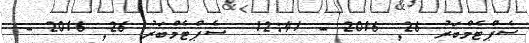
ސެޕްޓެމްބަރު 26